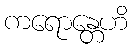
ကရောန္တေဟိ